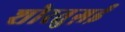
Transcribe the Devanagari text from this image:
शोरतुग़ई